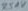
Text: R51V